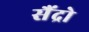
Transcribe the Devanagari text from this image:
सैंद्रो